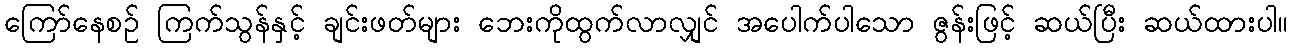
ကြော်နေစဉ် ကြက်သွန်နှင့် ချင်းဖတ်များ ဘေးကိုထွက်လာလျှင် အပေါက်ပါသော ဇွန်းဖြင့် ဆယ်ပြီး ဆယ်ထားပါ။